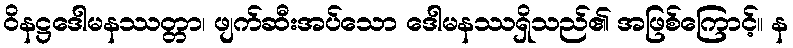
ဝိနဋ္ဌဒေါမနဿတ္တာ၊ ဖျက်ဆီးအပ်သော ဒေါမနဿရှိသည်၏ အဖြစ်ကြောင့်။ န